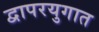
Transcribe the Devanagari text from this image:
द्वापरयुगात